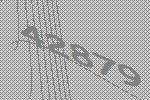
42879